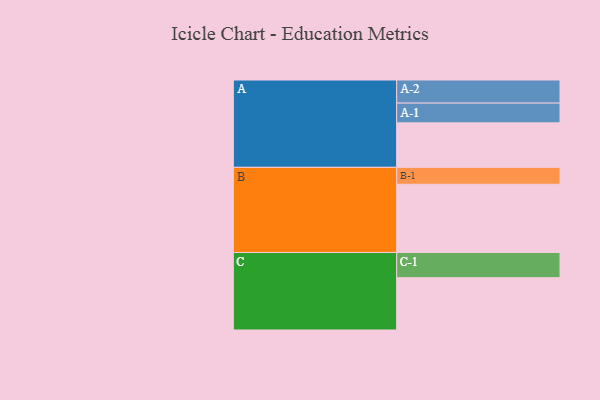
{"axis": {"x": "Segment", "y": "Value"}, "legend": ["", "A", "B", "C"], "data": [{"x": "A", "y": 387, "type": ""}, {"x": "B", "y": 594, "type": ""}, {"x": "C", "y": 455, "type": ""}, {"x": "A-1", "y": 172, "type": "A"}, {"x": "A-2", "y": 201, "type": "A"}, {"x": "B-1", "y": 147, "type": "B"}, {"x": "C-1", "y": 219, "type": "C"}]}